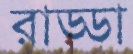
রাড্ডা